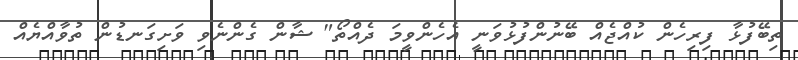
ތިބޭފުޅާ ފިރިހެން ކުއްޖެއް ބޭނުންފުޅުވަނީ އެހެންވީމަ ދެއްތޯ" ޝާން ގެންނެވި ވަށިގަނޑުން ތުވާއްޔެއް